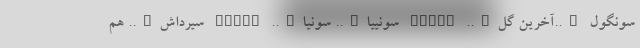
سونگول …..آخرین گل….. SONGL سونییا….. سونیا….. SONYA سیرداش….. هم